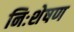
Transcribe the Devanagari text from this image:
निःशेषण